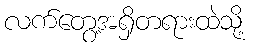
လက်တွေ့အရှိတရားထဲသို့